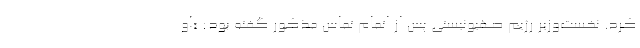
کرد. نخست‌وزیر رژیم صهیونیستی پس از اتمام تماس مذکور گفته بود: «او